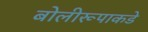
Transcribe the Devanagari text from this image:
बोलीरूपाकडे